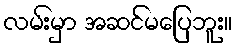
လမ်းမှာ အဆင်မပြေဘူး။